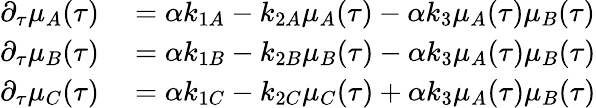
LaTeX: \begin{array}{rl}{\partial_{\tau}\mu_{A}(\tau)}&{{}=\alpha k_{1A}-k_{2A}\mu_{A}(\tau)-\alpha k_{3}\mu_{A}(\tau)\mu_{B}(\tau)}\\ {\partial_{\tau}\mu_{B}(\tau)}&{{}=\alpha k_{1B}-k_{2B}\mu_{B}(\tau)-\alpha k_{3}\mu_{A}(\tau)\mu_{B}(\tau)}\\ {\partial_{\tau}\mu_{C}(\tau)}&{{}=\alpha k_{1C}-k_{2C}\mu_{C}(\tau)+\alpha k_{3}\mu_{A}(\tau)\mu_{B}(\tau)}\end{array}